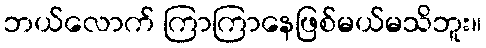
ဘယ်လောက် ကြာကြာနေဖြစ်မယ်မသိဘူး။